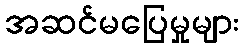
အဆင်မပြေမှုများ